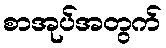
စာအုပ်အတွက်